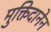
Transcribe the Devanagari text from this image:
मुक्तिदानेन